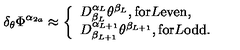
\delta _ { \theta } \Phi ^ { \alpha _ { 2 a } } \approx \left\{ \begin{array} { l } { D _ { \beta _ { L } } ^ { \alpha _ { L } } \theta ^ { \beta _ { L } } , \mathrm { f o r } L \mathrm { e v e n } , } \\ { D _ { \beta _ { L + 1 } } ^ { \alpha _ { L + 1 } } \theta ^ { \beta _ { L + 1 } } , \mathrm { f o r } L \mathrm { o d d } . } \\ \end{array} \right.